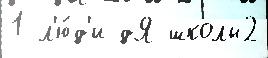
1 л'ю́д'и дЯ школы2